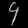
Digit: ၄